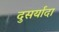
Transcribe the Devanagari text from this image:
दुसर्यांदा